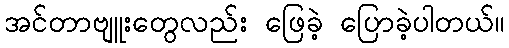
အင်တာဗျူးတွေလည်း ဖြေခဲ့ ပြောခဲ့ပါတယ်။